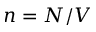
n = N / V